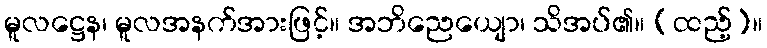
မူလဋ္ဌေန၊ မူလအနက်အားဖြင့်။ အဘိညေယျော၊ သိအပ်၏။ (ထည့်)။